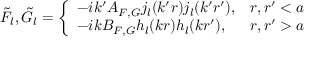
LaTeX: \tilde { F } _ { l } , \tilde { G } _ { l } = \left\{ \begin{array} { l l } { { - i k ^ { \prime } A _ { F , G } j _ { l } ( k ^ { \prime } r ) j _ { l } ( k ^ { \prime } r ^ { \prime } ) , } } & { { r , r ^ { \prime } < a } } \\ { { - i k B _ { F , G } h _ { l } ( k r ) h _ { l } ( k r ^ { \prime } ) , } } & { { r , r ^ { \prime } > a } } \end{array} \right.